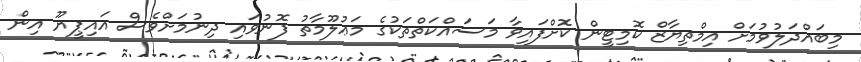
މިބައްދަލުވުމަށް އިމްތިޔާޒް ކޮމިޓީން ކޮށްފައިވާ މަސައްކަތްތަކުގެ މަޢުލޫމާތު ފޮނުވައި ދިނުމަށްވެސް އައިޕީޔޫ އިން